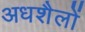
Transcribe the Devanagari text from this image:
अधशैलों